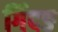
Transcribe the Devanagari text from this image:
गिंदङ